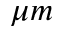
\mu m